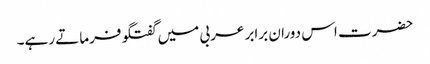
حضرت اس دوران برابر عربی میں گفتگو فرماتے رہے۔